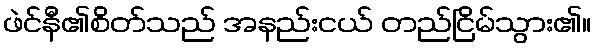
ဖဲင်နီ၏စိတ်သည် အနည်းငယ် တည်ငြိမ်သွား၏။